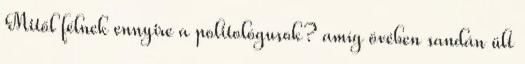
Mitől félnek ennyire a politológusok? amíg övében sandán ült